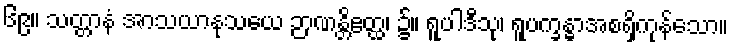
၆၉။ သတ္တာနံ အာသယာနုသယေ ဉာဏန္တိဧတ္ထ၊ ၌။ ရူပါဒီသု၊ ရူပက္ခန္ဓာအစရှိကုန်သော။